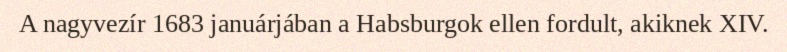
A nagyvezír 1683 januárjában a Habsburgok ellen fordult, akiknek XIV.